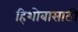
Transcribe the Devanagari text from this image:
हिशोबासाठी